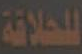
للحلاقة